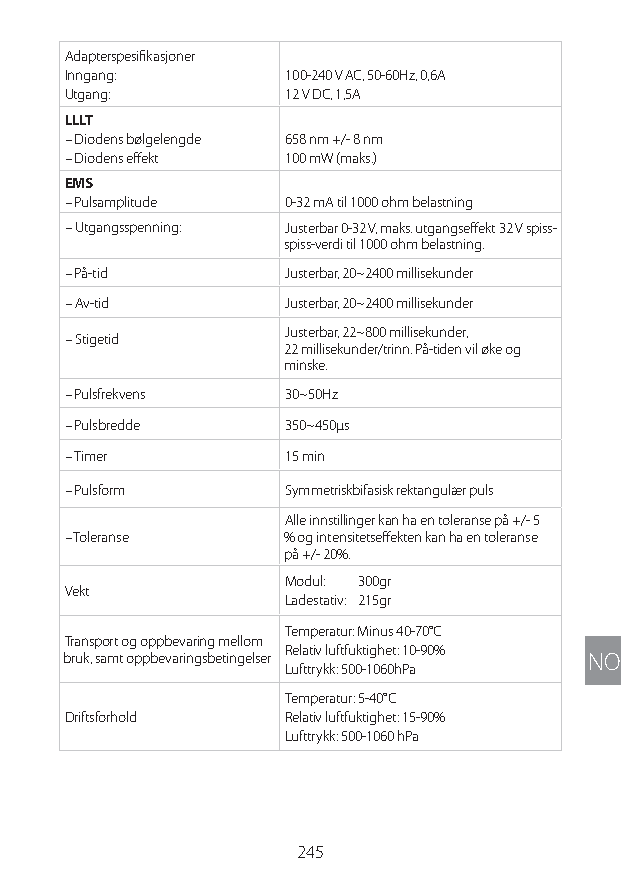
Adapterspesifikasjoner
 Inngang:       100-240 V AC, 50-60Hz, 0,6A
 Utgang:        12 V DC, 1,5A
 LLLT
 – Diodens bølgelengde 658 nm +/- 8 nm
 – Diodens effekt 100 mW (maks.)
 EMS
 – Pulsamplitude 0-32 mA til 1000 ohm belastning
 – Utgangsspenning: Justerbar 0-32 V, maks. utgangseffekt 32 V spiss-
 spiss-verdi til 1000 ohm belastning.
 – På-tid       Justerbar, 20~2400 millisekunder
 – Av-tid       Justerbar, 20~2400 millisekunder
 Justerbar, 22~800 millisekunder,
 – Stigetid
 22 millisekunder/trinn. På-tiden vil øke og
 minske.
 – Pulsfrekvens 30~50Hz
 – Pulsbredde   350~450μs
 – Timer        15 min
 – Pulsform     Symmetriskbifasisk rektangulær puls
 Alle innstillinger kan ha en toleranse på +/- 5
 – Toleranse   % og intensitetseffekten kan ha en toleranse
 på +/- 20%.
 Modul: 300gr
 Vekt
 Ladestativ: 215gr
 Temperatur: Minus 40-70°C
 Transport og oppbevaring mellom
 Relativ luftfuktighet: 10-90%
 bruk, samt oppbevaringsbetingelser NO
 Lufttrykk: 500-1060hPa
 Temperatur: 5-40°C
 Driftsforhold  Relativ luftfuktighet: 15-90%
 Lufttrykk: 500-1060 hPa
 245
 Lipo UM EU124 3545B inside ALL EU124 ED296-24 release.indd 245 14/08/2018 10:57:47